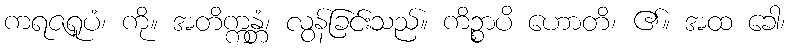
ကရဇရူပံ၊ ကို။ အတိက္ကန္တံ၊ လွန်ခြင်းသည်။ ကိဉ္စာပိ ဟောတိ၊ ၏။ အထ ခေါ၊